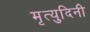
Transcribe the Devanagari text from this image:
मृत्युदिनी